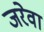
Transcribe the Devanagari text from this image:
जरेवा